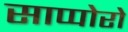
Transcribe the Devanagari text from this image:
साप्पोरो